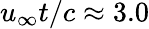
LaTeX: u_{\infty}t/c\approx 3.0